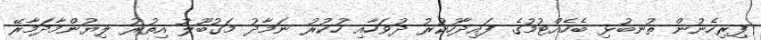
ފިރިހެނުން ތުނބުޅި ބެހެއްޓުމުގެ ފައިދާހުކުރު ދުވަހާއި ހުކުރު ނަމާދު މަގުބޫލު އިތުރު ލިޔުންމާދަމާރޭ